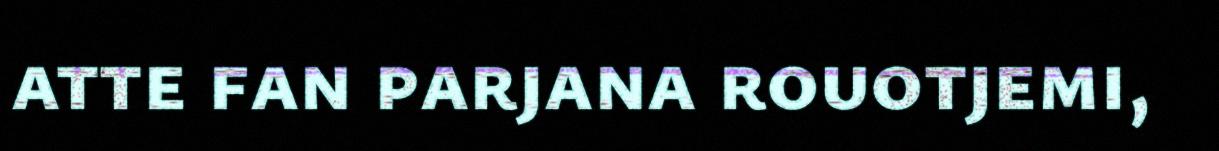
atte fan parjana rouotjemi,